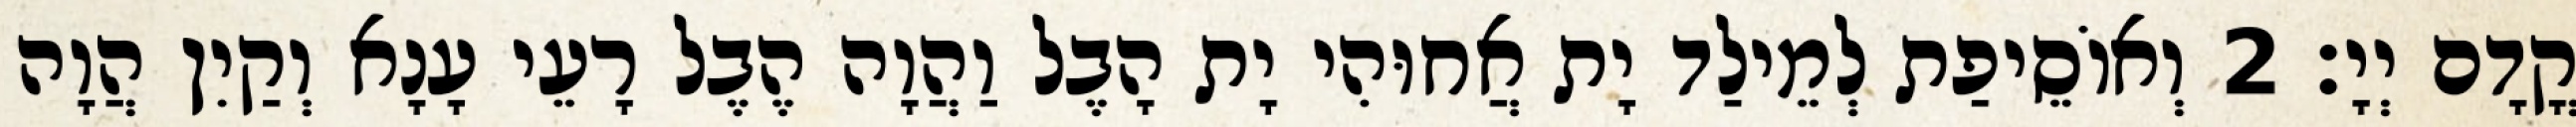
קֳדָם יְיָ׃ 2 וְאוֹסֵיפַת לְמֵילַד יָת אֲחוּהִי יָת הָבֶל וַהֲוָה הֶבֶל רָעֵי עָנָא וְקַיִן הֲוָה